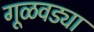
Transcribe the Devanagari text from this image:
गूळवड्या